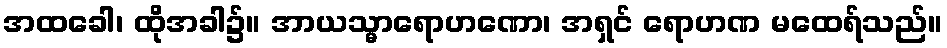
အထခေါ၊ ထိုအခါ၌။ အာယသ္မာရောဟဏော၊ အရှင် ရောဟဏ မထေရ်သည်။